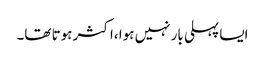
ایسا پہلی بار نہیں ہوا ،اکثر ہوتا تھا۔